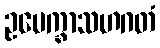
ဥပေက္ခာသဟဂတံ